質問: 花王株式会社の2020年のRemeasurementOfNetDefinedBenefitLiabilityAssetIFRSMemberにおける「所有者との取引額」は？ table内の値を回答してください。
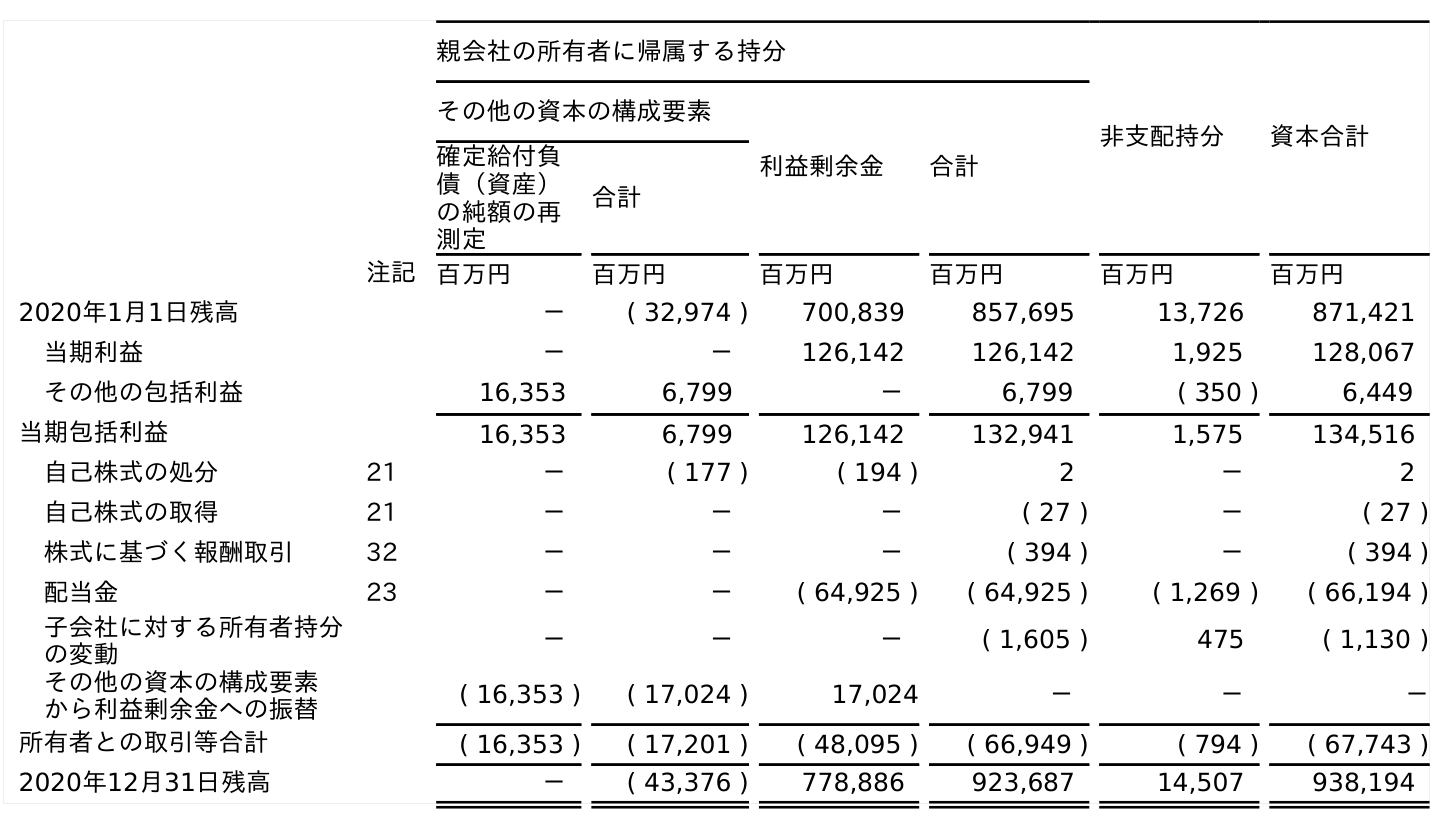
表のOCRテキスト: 親会社の所有者に帰属する持分 非支配持分 資本合計 その他の資本の構成要素 利益剰余金 合計 確定給付負 債（資産） の純額の再 測定 合計 注記 百万円 百万円 百万円 百万円 百万円 百万円 2020年1月1日残高 － ( 32,974 ) 700,839 857,695 13,726 871,421 当期利益 － － 126,142 126,142 1,925 128,067 その他の包括利益 16,353 6,799 － 6,799 ( 350 ) 6,449 当期包括利益 16,353 6,799 126,142 132,941 1,575 134,516 自己株式の処分 21 － ( 177 ) ( 194 ) 2 － 2 自己株式の取得 21 － － － ( 27 ) － ( 27 ) 株式に基づく報酬取引 32 － － － ( 394 ) － ( 394 ) 配当金 23 － － ( 64,925 ) ( 64,925 ) ( 1,269 ) ( 66,194 ) 子会社に対する所有者持分 の変動 － － － ( 1,605 ) 475 ( 1,130 ) その他の資本の構成要素 から利益剰余金への振替 ( 16,353 ) ( 17,024 ) 17,024 － － － 所有者との取引等合計 ( 16,353 ) ( 17,201 ) ( 48,095 ) ( 66,949 ) ( 794 ) ( 67,743 ) 2020年12月31日残高 － ( 43,376 ) 778,886 923,687 14,507 938,194
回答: (16,353)